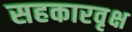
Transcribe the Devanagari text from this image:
सहकारवृक्ष